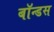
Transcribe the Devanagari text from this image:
बॉन्डस